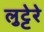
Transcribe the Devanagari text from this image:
लुट्टेरे